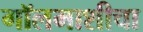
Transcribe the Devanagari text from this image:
गॉलमाशीचा